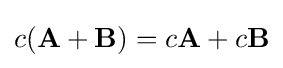
c(\mathbf {A} +\mathbf {B} )=c\mathbf {A} +c\mathbf {B}